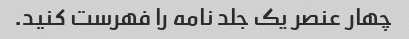
چهار عنصر یک جلد نامه را فهرست کنید.